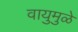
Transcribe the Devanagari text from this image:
वायुमुळे